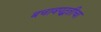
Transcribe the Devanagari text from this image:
बचावपद्धतीचा